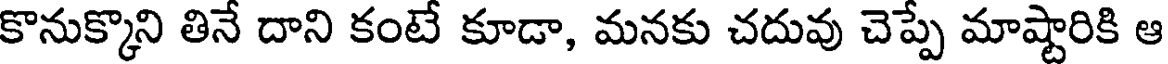
కొనుక్కొని తినే దాని కంటే కూడా, మనకు చదువు చెప్పే మాష్టారికి ఆ